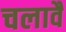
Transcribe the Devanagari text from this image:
चलावै